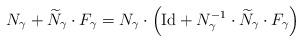
LaTeX: \begin{align*}N_{\gamma}+\widetilde{N}_{\gamma}\cdot F_{\gamma} =N_{\gamma}\cdot\left(\mathrm{Id}+N_{\gamma}^{-1}\cdot \widetilde{N}_{\gamma}\cdot F_{\gamma}\right)\end{align*}